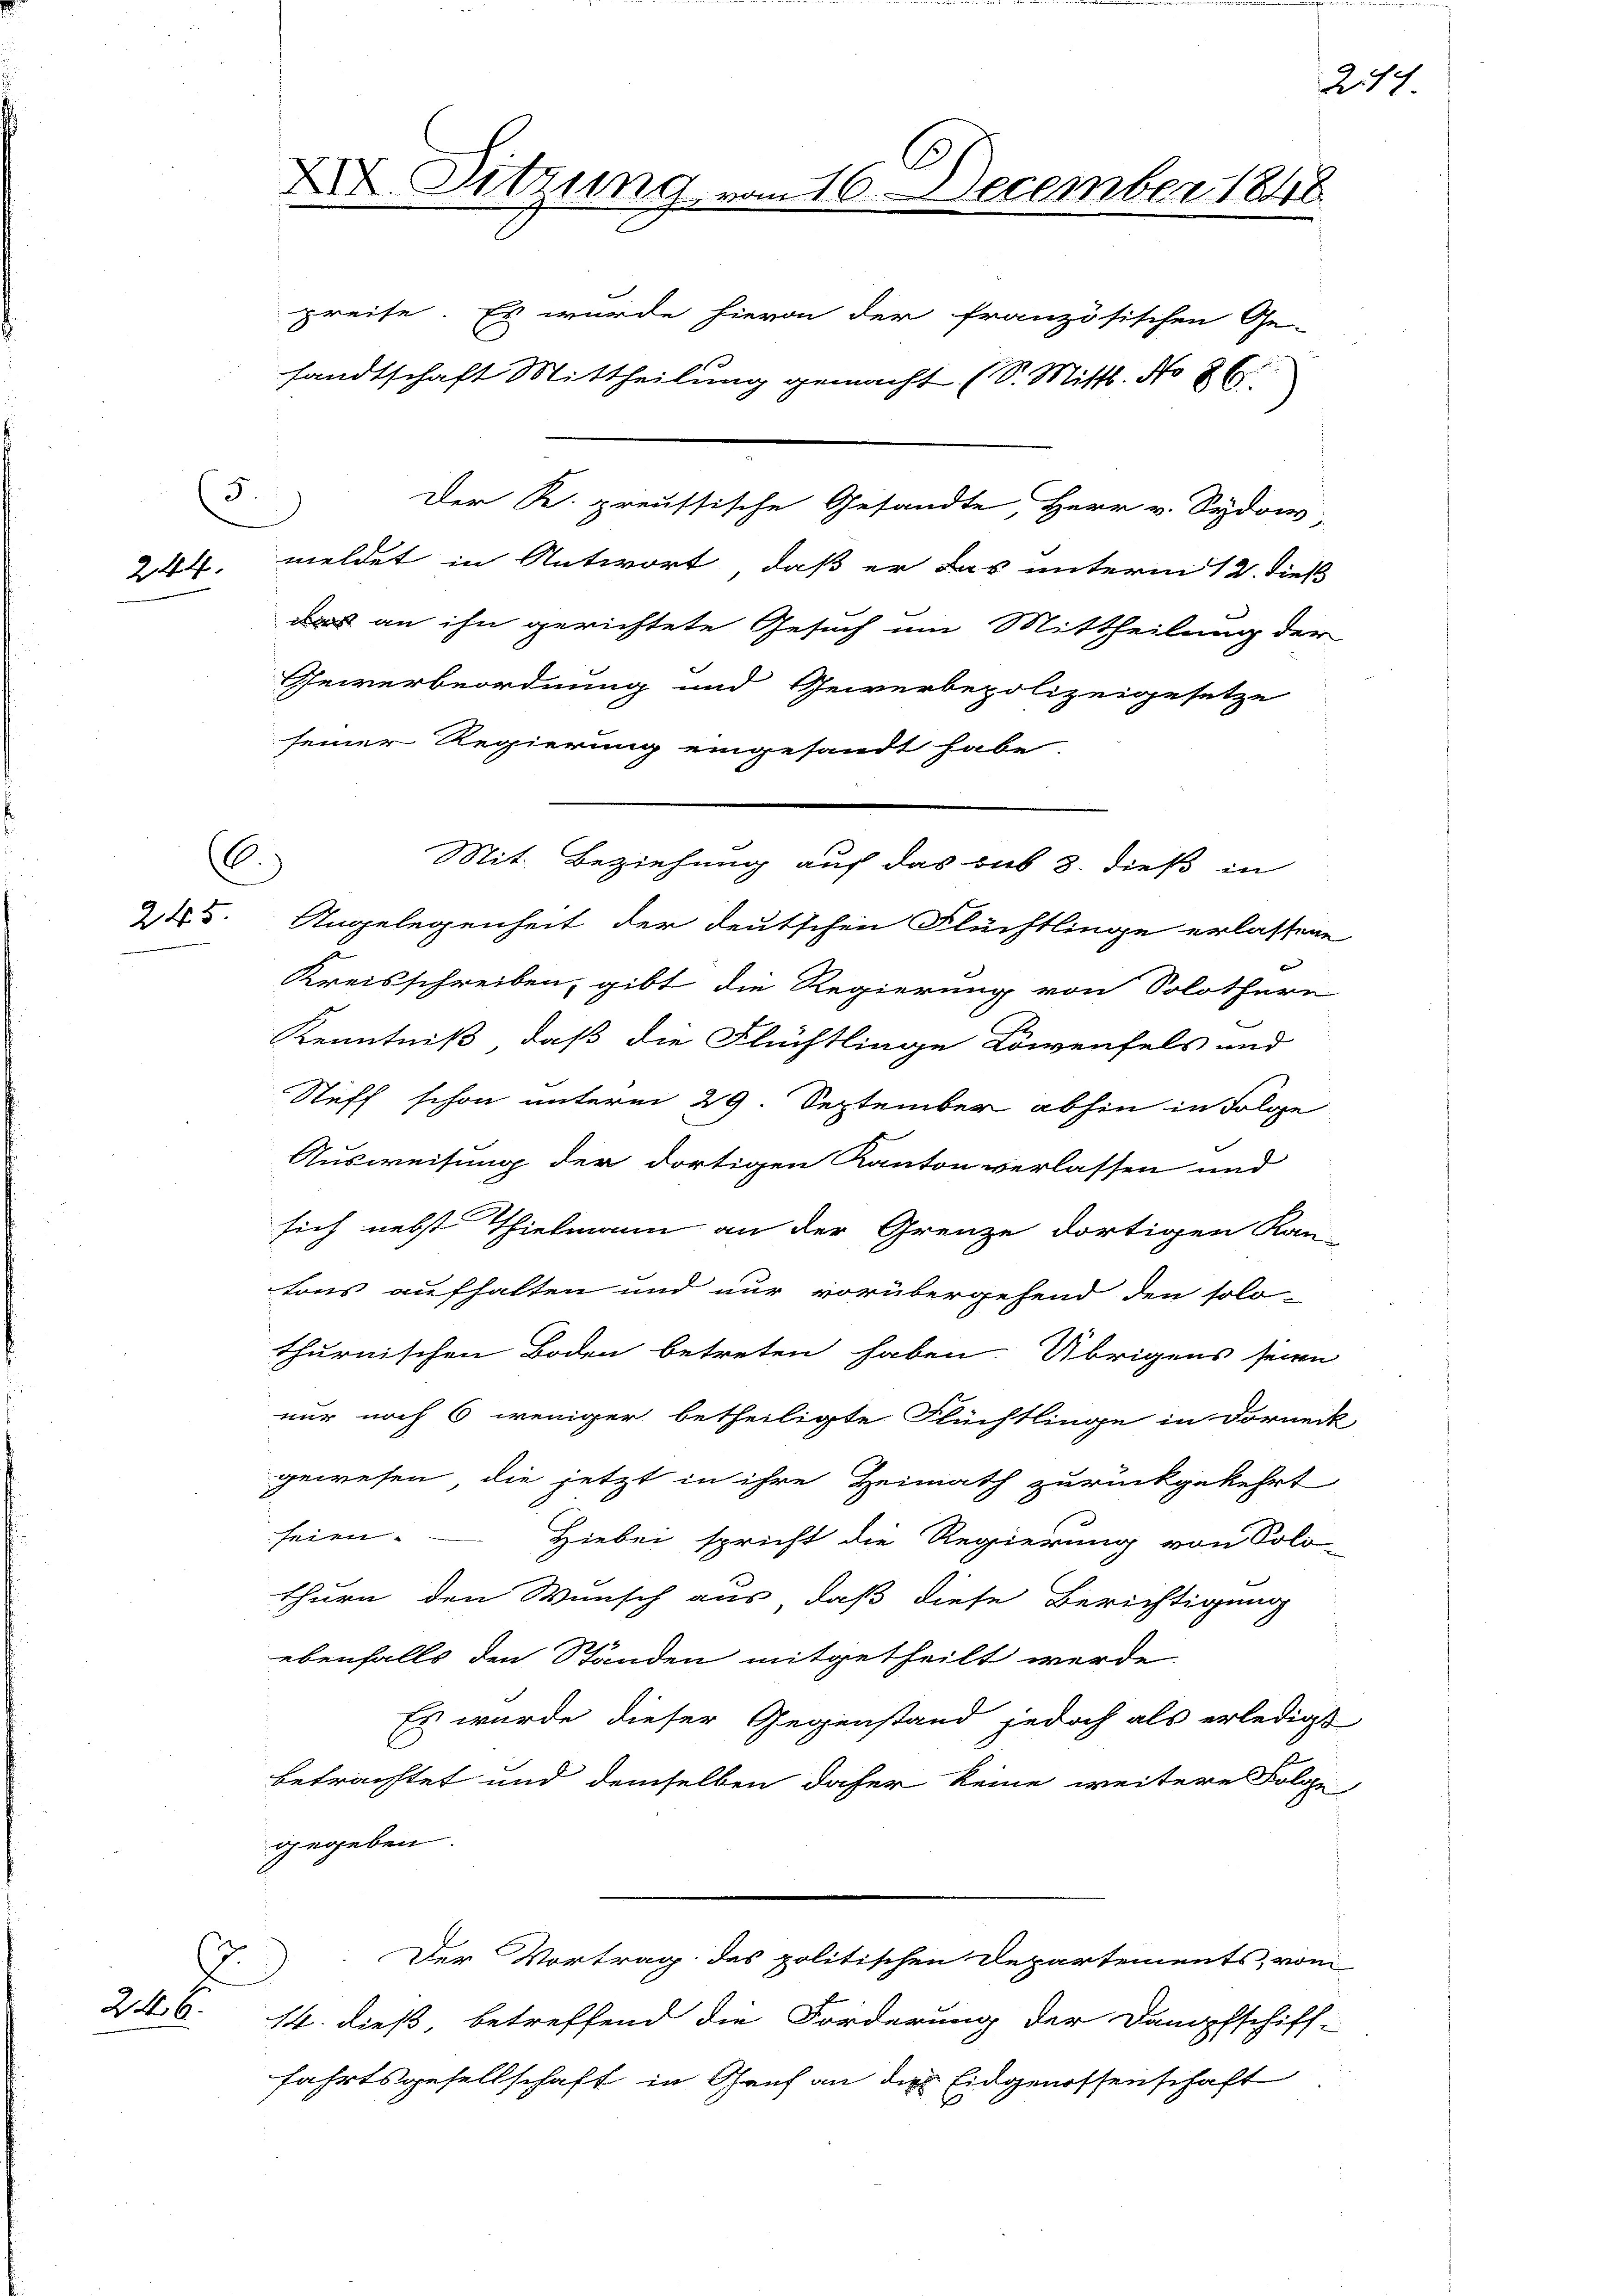
5.
244.

6.)
245.

246.

XX. Sitzung vom 16. December 1848.
preise. Es wurde hievon der französischen Ge-
sandtschaft Mittheilung gemacht (S. Mittl. No 26

Der R. preussische Gesandte, Herr v. Sydow,
meldet in Antwort, daß er das unterm 12. dieß
das an ihn gerichtete Gesuch um Mittheilung der
Gewerbeordnung und Gewerbepolizeigesetze
seiner Regierung eingesandt habe
Angelegenheit der deutschen Flüchtlinge erlassene
t
Kreisschreiben, gibt die Regierung von Solothurn
Kenntniß, daß die Flüchtlinge Löwenfels und
Steff schon unterm 29. September abhin in Folge
Ausweisung der dortigen Kanton verlassen und
sich nebst Thielmann an der Grenze dortigen Kan-
tons aufhalten und nur vorübergehend den solo-
thurnischen Boden betreten haben. Übrigens seien
nur noch 6 weniger betheiligte Flüchtlinge in Dorneit
gewesen, die jetzt in ihre Heimath zurückgekehrt
seien.
Hiebei spricht die Regierung von Solo-
thurn den Wunsch aus, daß diese Berichtigung
ebenfalls den Ständen mitgetheilt werde
Es wurde dieser Gegenstand jedoch als erledigt
betrachtet und demselben daher keine weitere Folge-
gegeben.
Der Vortrag des politischen Departements vom
14. dieß, betreffend die Forderung der Dampfschiff-
fahrtsgesellschaft in Genf an die Eidgenossenschaft

Mit Beziehung auf das sub 3. dieß in

214

2

e

d